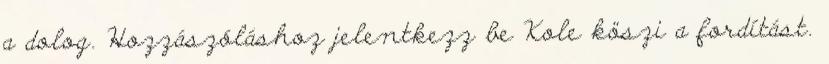
a dolog. Hozzászóláshoz jelentkezz be Kole köszi a fordítást.